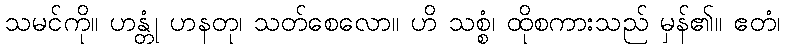
သမင်ကို။ ဟန္တုံ ဟနတု၊ သတ်စေလော။ ဟိ သစ္စံ၊ ထိုစကားသည် မှန်၏။ ဧတံ၊